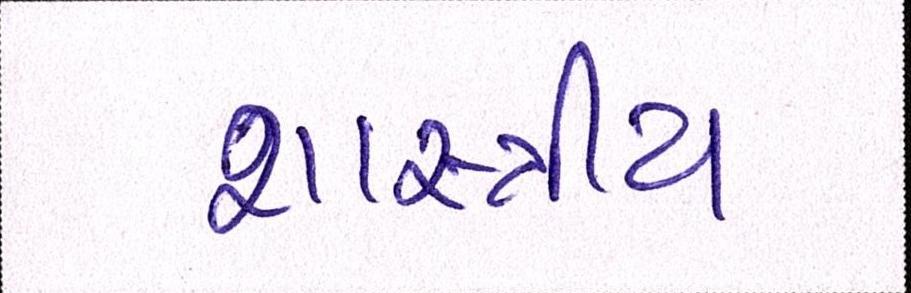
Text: શાસ્ત્રીય